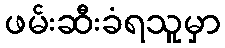
ဖမ်းဆီးခံရသူမှာ